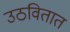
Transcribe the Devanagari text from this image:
उठवितात